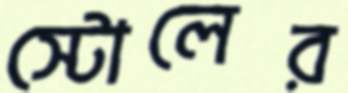
স্টোলের